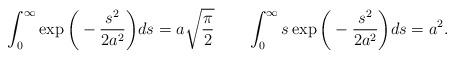
LaTeX: \begin{align*}\int_0^{\infty} \exp \bigg( - \frac{s^2}{2a^2} \bigg) ds = a \sqrt{\frac{\pi}{2}}\qquad\int_0^{\infty} s \exp \bigg( - \frac{s^2}{2a^2} \bigg) ds = a^2.\end{align*}